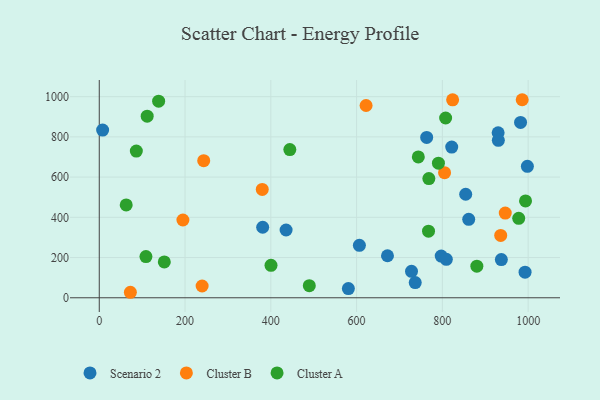
{"axis": {"x": "Distance", "y": "Yield"}, "legend": ["Cluster A", "Cluster B", "Scenario 2"], "data": [{"x": "797.3", "y": 207.5, "type": "Scenario 2"}, {"x": "728.0", "y": 131.3, "type": "Scenario 2"}, {"x": "937.5", "y": 190.1, "type": "Scenario 2"}, {"x": "809.2", "y": 191.3, "type": "Scenario 2"}, {"x": "672.0", "y": 209.0, "type": "Scenario 2"}, {"x": "930.0", "y": 820.5, "type": "Scenario 2"}, {"x": "998.2", "y": 653.6, "type": "Scenario 2"}, {"x": "861.4", "y": 389.8, "type": "Scenario 2"}, {"x": "7.8", "y": 833.6, "type": "Scenario 2"}, {"x": "580.8", "y": 45.8, "type": "Scenario 2"}, {"x": "435.6", "y": 337.0, "type": "Scenario 2"}, {"x": "992.8", "y": 127.1, "type": "Scenario 2"}, {"x": "854.4", "y": 514.8, "type": "Scenario 2"}, {"x": "606.5", "y": 260.6, "type": "Scenario 2"}, {"x": "930.5", "y": 782.8, "type": "Scenario 2"}, {"x": "736.7", "y": 75.4, "type": "Scenario 2"}, {"x": "381.0", "y": 350.7, "type": "Scenario 2"}, {"x": "982.3", "y": 872.0, "type": "Scenario 2"}, {"x": "763.4", "y": 797.3, "type": "Scenario 2"}, {"x": "821.8", "y": 749.3, "type": "Scenario 2"}, {"x": "805.1", "y": 622.2, "type": "Cluster B"}, {"x": "936.0", "y": 310.1, "type": "Cluster B"}, {"x": "946.6", "y": 421.3, "type": "Cluster B"}, {"x": "72.5", "y": 27.3, "type": "Cluster B"}, {"x": "622.1", "y": 956.1, "type": "Cluster B"}, {"x": "986.1", "y": 984.7, "type": "Cluster B"}, {"x": "243.5", "y": 681.8, "type": "Cluster B"}, {"x": "195.0", "y": 386.6, "type": "Cluster B"}, {"x": "823.9", "y": 984.4, "type": "Cluster B"}, {"x": "380.0", "y": 538.7, "type": "Cluster B"}, {"x": "239.8", "y": 58.4, "type": "Cluster B"}, {"x": "151.6", "y": 178.4, "type": "Cluster A"}, {"x": "444.3", "y": 736.8, "type": "Cluster A"}, {"x": "993.9", "y": 481.6, "type": "Cluster A"}, {"x": "743.9", "y": 700.1, "type": "Cluster A"}, {"x": "978.0", "y": 395.0, "type": "Cluster A"}, {"x": "138.4", "y": 977.7, "type": "Cluster A"}, {"x": "880.4", "y": 157.2, "type": "Cluster A"}, {"x": "108.8", "y": 204.7, "type": "Cluster A"}, {"x": "86.4", "y": 729.6, "type": "Cluster A"}, {"x": "767.7", "y": 331.2, "type": "Cluster A"}, {"x": "62.8", "y": 461.8, "type": "Cluster A"}, {"x": "400.4", "y": 161.1, "type": "Cluster A"}, {"x": "807.6", "y": 893.8, "type": "Cluster A"}, {"x": "768.5", "y": 592.6, "type": "Cluster A"}, {"x": "111.7", "y": 902.7, "type": "Cluster A"}, {"x": "489.7", "y": 60.0, "type": "Cluster A"}, {"x": "790.8", "y": 669.4, "type": "Cluster A"}]}